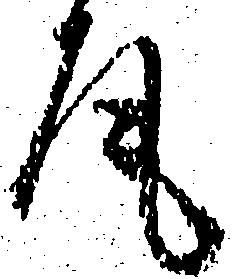
尾